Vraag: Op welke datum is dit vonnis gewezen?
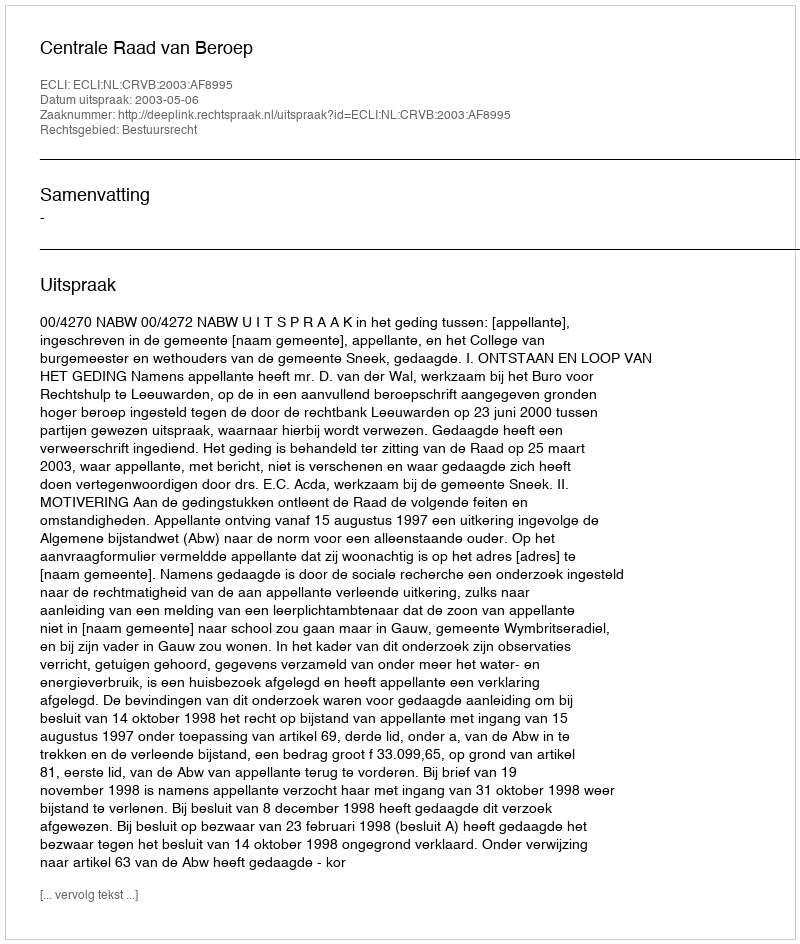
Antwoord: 2003-05-06